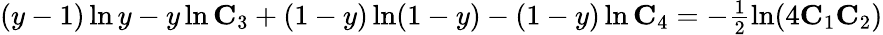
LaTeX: \begin{array}{r}{(y-1)\ln y-y\ln\mathbf{C}_{3}+(1-y)\ln(1-y)-(1-y)\ln\mathbf{C}_{4}=-\frac{1}{2}\ln(4\mathbf{C}_{1}\mathbf{C}_{2})}\end{array}